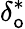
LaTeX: {\delta}_{\mathsf{o}}^{*}